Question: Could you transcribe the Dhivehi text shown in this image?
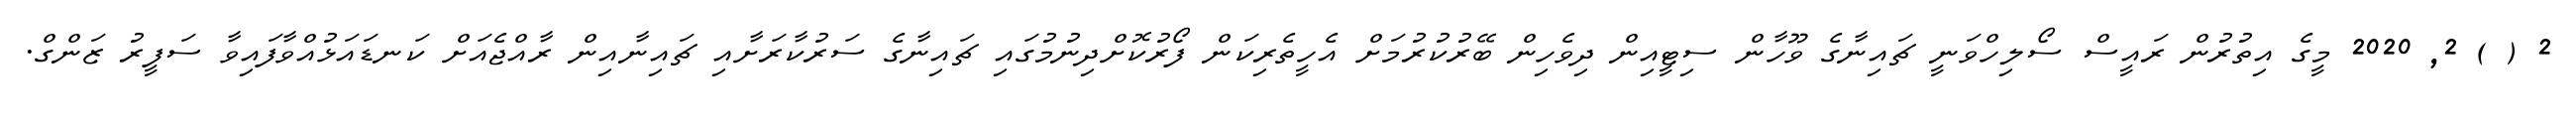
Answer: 2 ( ) 2, 2020 މީގެ އިތުރުން ރައީސް ސޯލިހްވަނީ ޗައިނާގެ ވޫހާން ސިޓީއިން ދިވެހިން ބޭރުކުރުމަށް އެހީތެރިކަން ފޯރުކޮށްދިނުމުގައި ޗައިނާގެ ސަރުކާރަށާއި ޗައިނާއިން ރާއްޖެއަށް ކަނޑައަޅުއްވާފައިވާ ސަފީރު ޒަންގް.